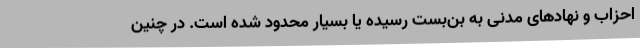
احزاب و نهادهای مدنی به بن‌بست رسیده یا بسیار محدود شده است. در چنین